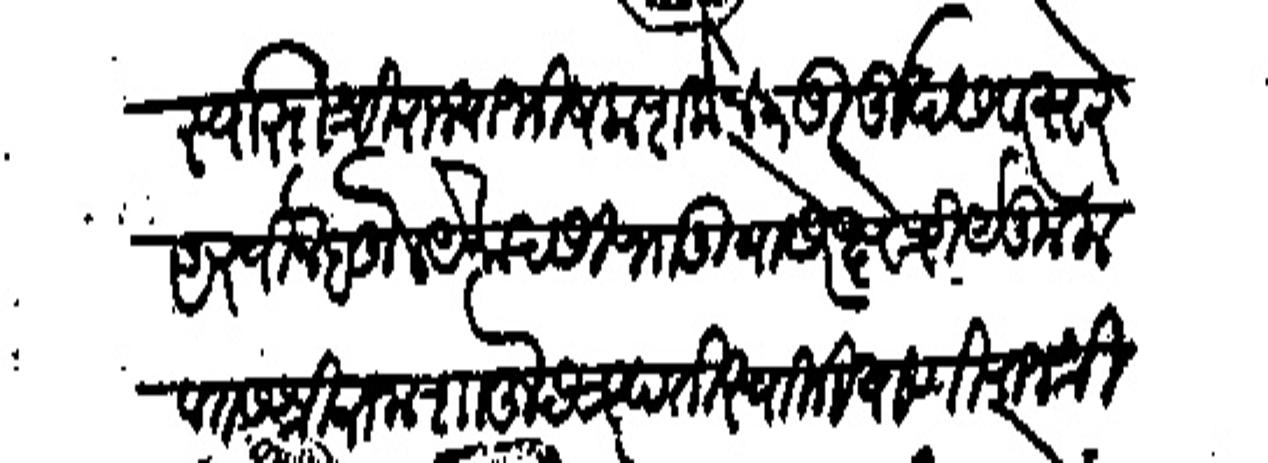
Transliteration (Devanagari): स्वस्तीश्री राज्याभिषेक शके ४३ दुर्मुख सवत्सरे अस्वीन बहुल येकादसी भानूवासरे क्षेत्रीयेकुलवतास राजश्री शाहू छत्रपती स्वामी याणी